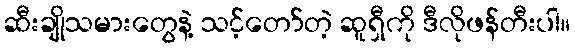
ဆီးချိုသမားတွေနဲ့ သင့်တော်တဲ့ ဆူရှီကို ဒီလိုဖန်တီးပါ။